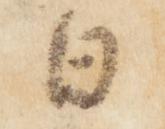
日